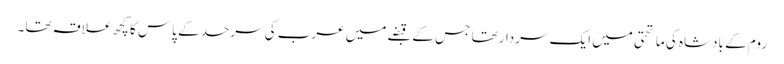
روم کے بادشاہ کی ماتحتی میں ایک سردار تھا جس کے قبضے میں عرب کی سرحد کے پاس کا کچھ علاقہ تھا۔